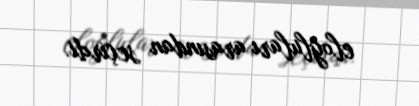
eloğluları arasından seçirdi.